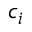
c _ { i }